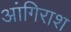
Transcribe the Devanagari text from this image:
आंगिराश